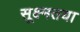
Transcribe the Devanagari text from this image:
सूक्ष्मतया